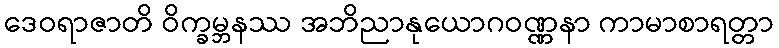
ဒေဝရာဇာတိ ဝိက္ခမ္ဘနဿ အဘိညာနုယောဂဝဏ္ဏနာ ကာမာစာရတ္တာ